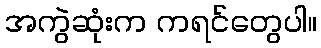
အကွဲဆုံးက ကရင်တွေပါ။